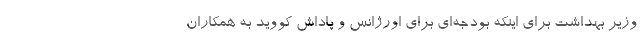
وزیر بهداشت برای اینکه بودجه‌ای برای اورژانس و پاداش کووید به همکاران